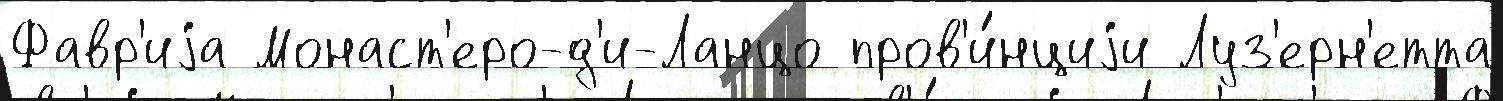
Фавр'иjа Монаст'еро-д'и-Ланцо пров'и́нциjи Луз'ерн'етта